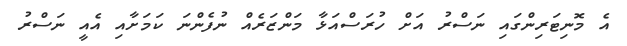
އެ މޮނިޓަރިންގައި ނަސްރު އަށް ހުރަސްއަޅާ މަންޒަރެއް ނުފެންނަ ކަމަށާއި އެއީ ނަސްރު